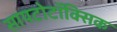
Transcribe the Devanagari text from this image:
सायटोटॉक्सिक